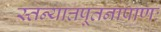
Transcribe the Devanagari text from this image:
स्तन्यात्तपूतनाप्राणः